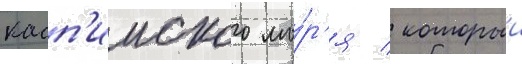
касп'ииского мо́р'я / которыи